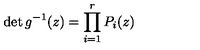
\det g ^ { - 1 } ( z ) = \prod _ { i = 1 } ^ { r } P _ { i } ( z )